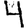
Digit: 4